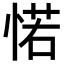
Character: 𢜪